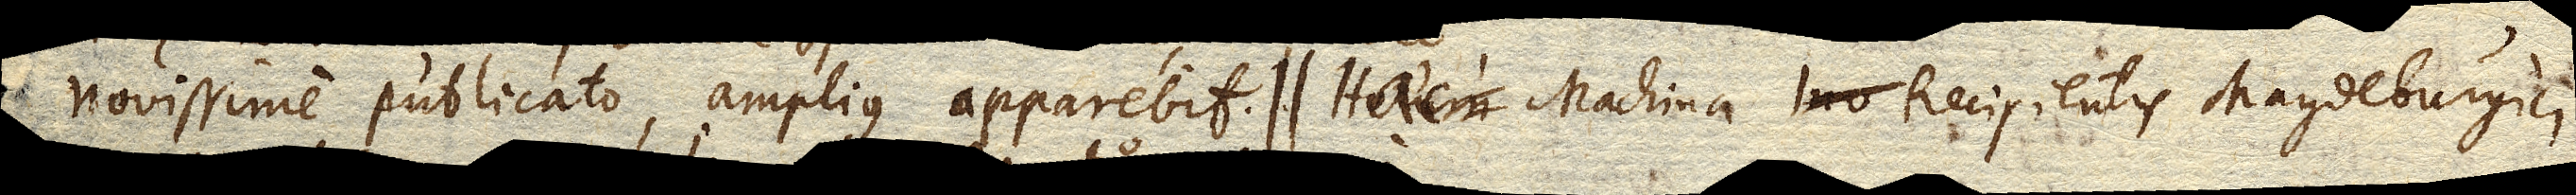
novissime publicato, amplius apparebit. Haec Machina Recipientis Magdeburgici